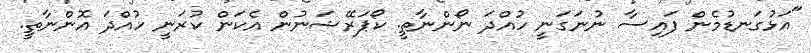
"އަޅުގަނޑުމެން ފައިސާ ނުނަގަނީ ހުއްދަ ނޯންނާތީ. ކޯޕަރޭޝަނުން އެކަން ކުރަނީ ހުއްދަ އޮންނާތީ.